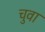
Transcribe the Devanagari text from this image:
चुवा